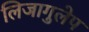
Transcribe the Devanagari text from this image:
लिजागुलेप